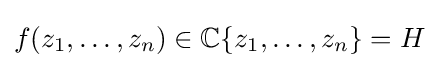
f(z_{1},\ldots ,z_{n})\in \mathbb {C} \{z_{1},\ldots ,z_{n}\}=H